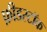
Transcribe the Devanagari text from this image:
फ़ीडस्टॉक